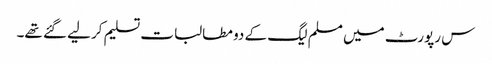
س رپورٹ میں مسلم لیگ کے دو مطالبات تسلیم کرلیے گئے تھے۔